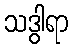
သဒွါရာ